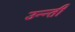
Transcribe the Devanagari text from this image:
उन्न्ती